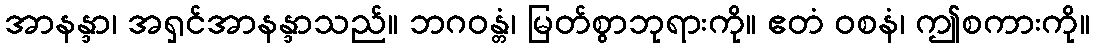
အာနန္ဒာ၊ အရှင်အာနန္ဒာသည်။ ဘဂဝန္တံ၊ မြတ်စွာဘုရားကို။ ဧတံ ဝစနံ၊ ဤစကားကို။